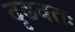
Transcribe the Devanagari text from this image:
दृढवतः